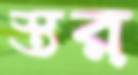
স্তর